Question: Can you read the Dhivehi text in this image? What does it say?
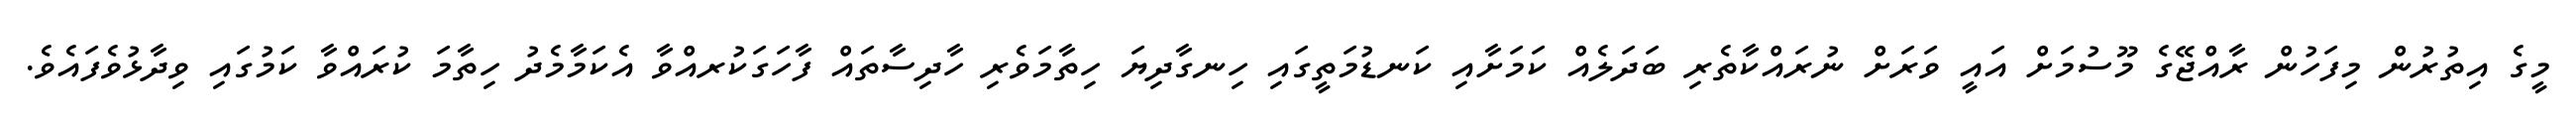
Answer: މީގެ އިތުރުން މިފަހުން ރާއްޖޭގެ މޫސުމަށް އައީ ވަރަށް ނުރައްކާތެރި ބަދަލެއް ކަމަށާއި ކަނޑުމަތީގައި ހިނގާދިޔަ ހިތާމަވެރި ހާދިސާތައް ފާހަގަކުރއްވާ އެކަމާމެދު ހިތާމަ ކުރައްވާ ކަމުގައި ވިދާޅުވެފައެވެ.